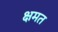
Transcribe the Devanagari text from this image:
क्षमत